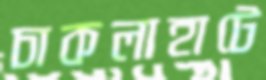
চাকলাহাটে